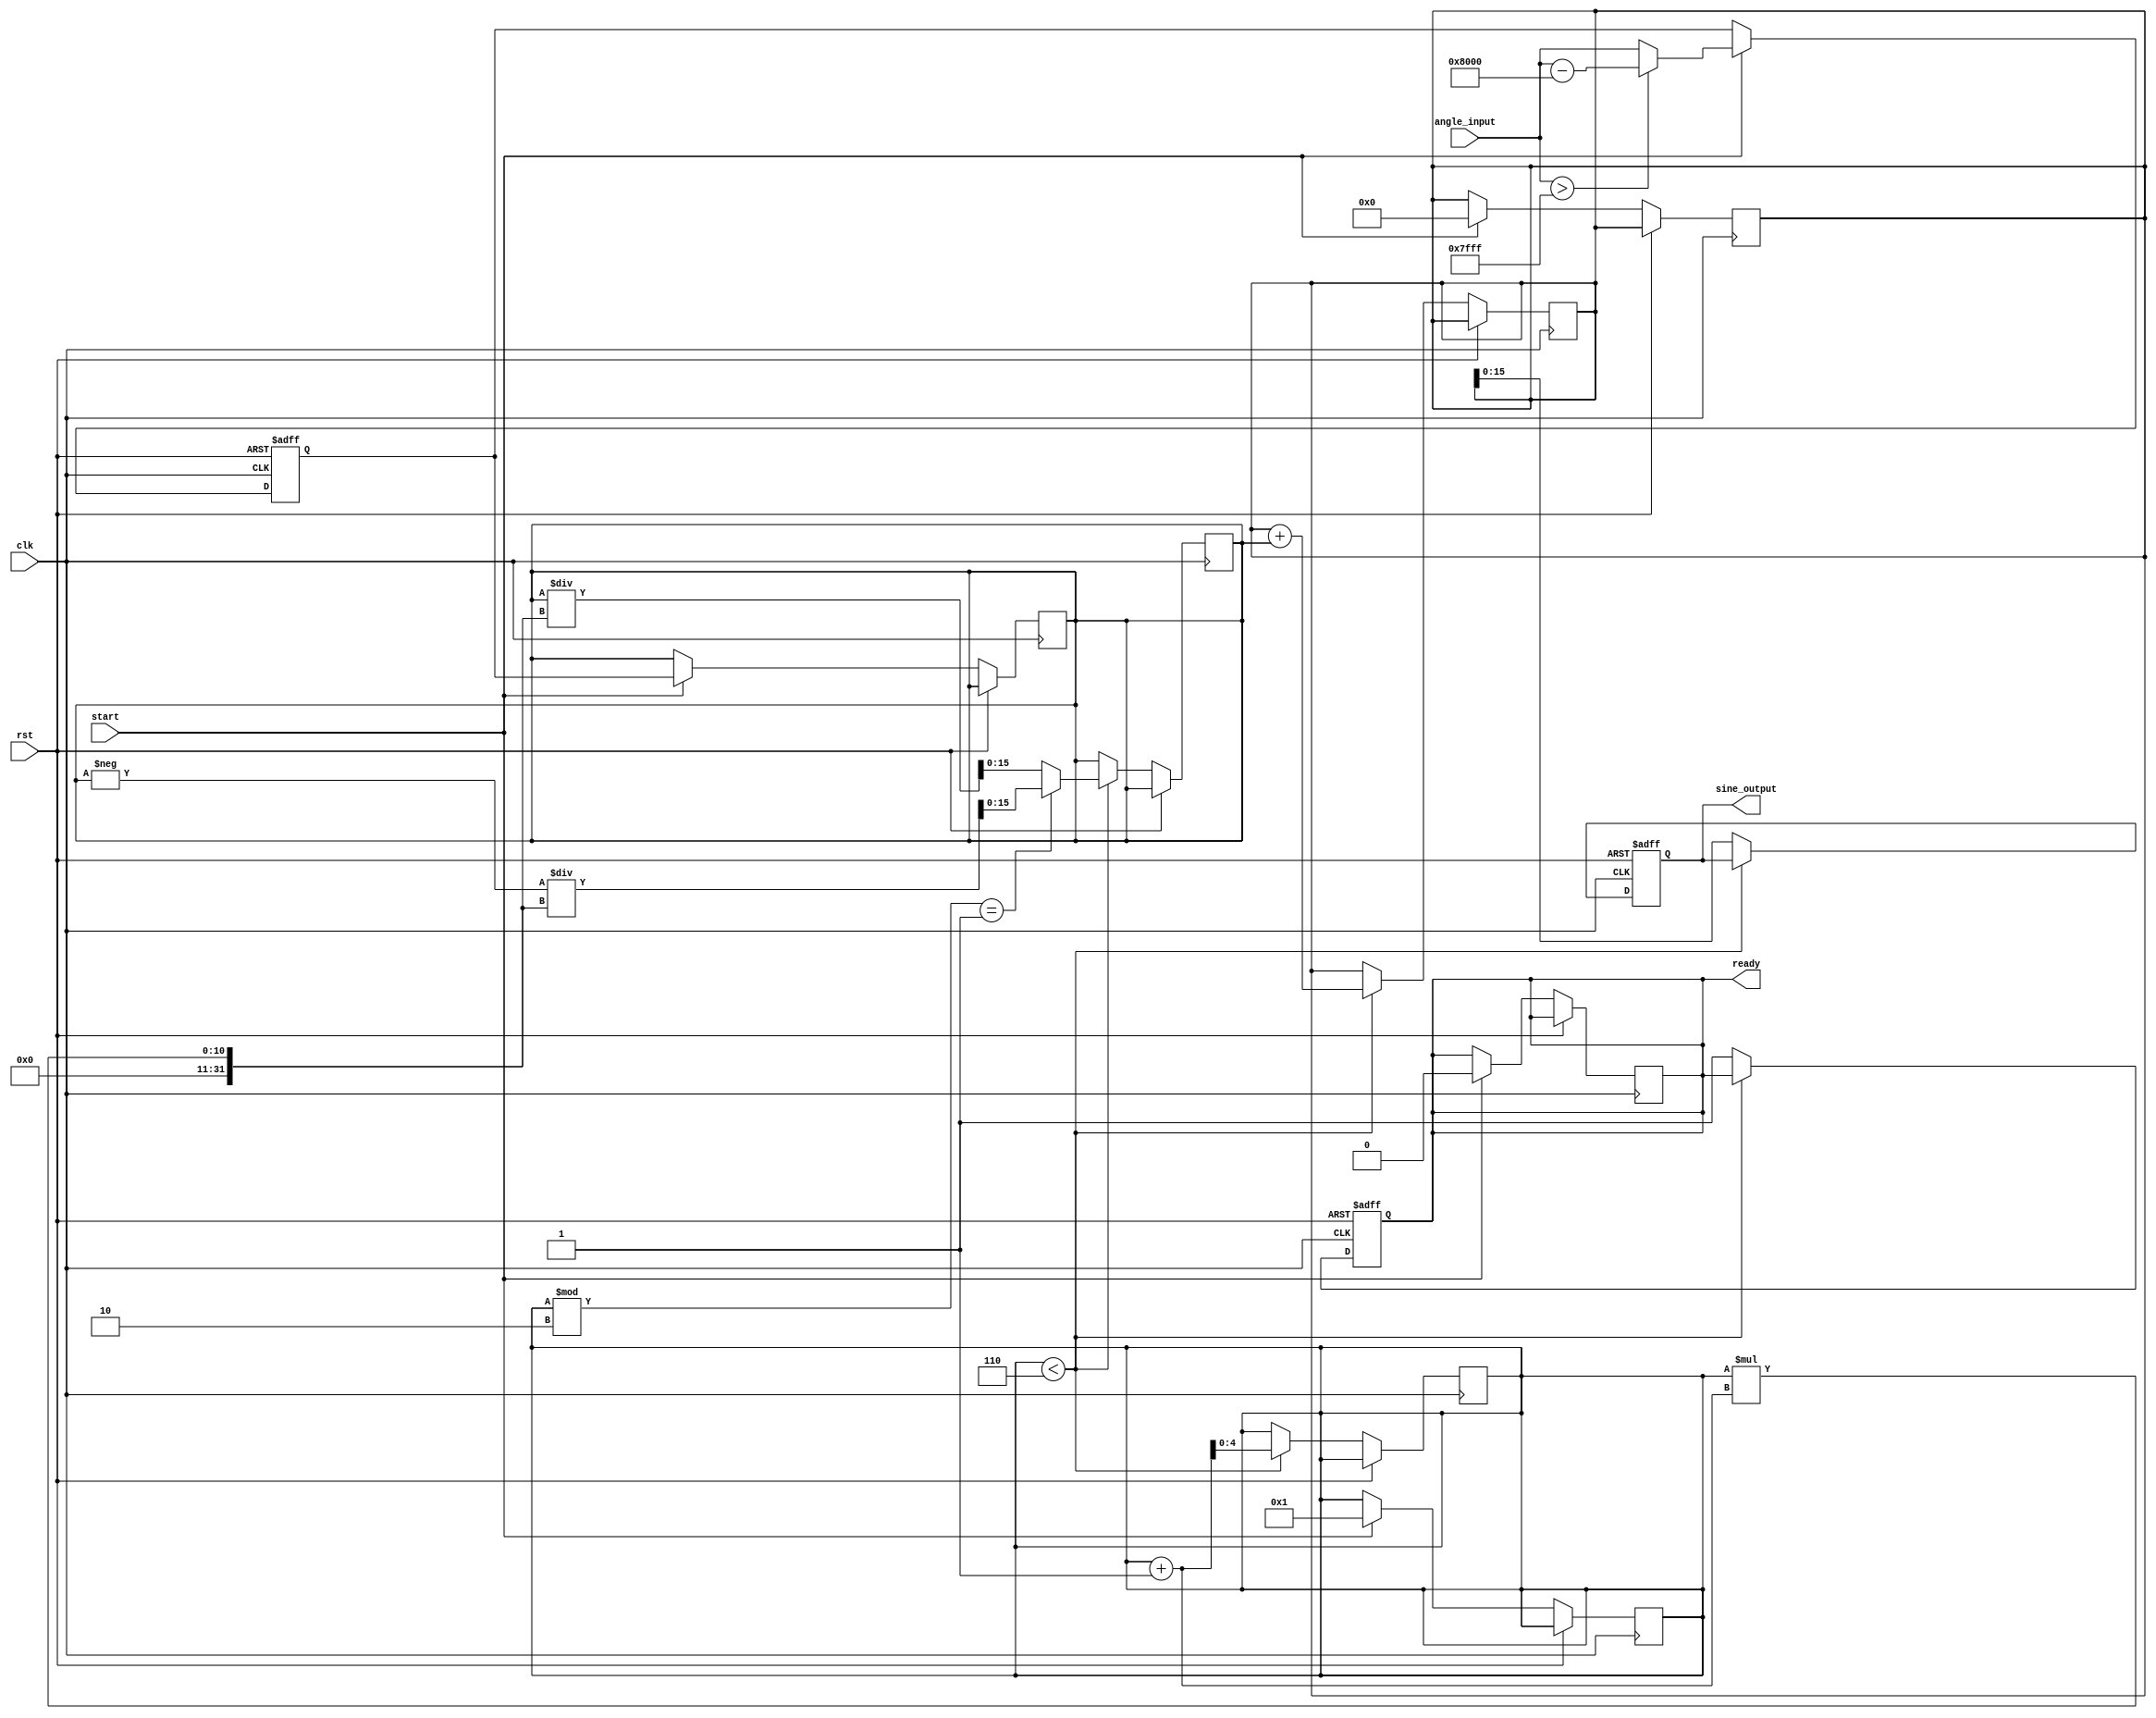
module sine_function (
    input wire [15:0] angle_input, // Input angle in fixed-point format (Q1.15)
    output reg [15:0] sine_output,  // Output sine value in fixed-point format (Q1.15)
    input wire clk,
    input wire rst,
    input wire start,
    output reg ready
);
    // Constants for Taylor series coefficients
    parameter A0 = 16'h0000; // 0
    parameter A1 = 16'h8000; // -1
    parameter A2 = 16'h0000; // 0
    parameter A3 = 16'h5555; // 1/6 (approx.)
    parameter A4 = 16'h0000; // 0
    parameter A5 = 16'h1FFF; // -1/120 (approx.)

    reg [15:0] x; // Normalized angle
    reg [15:0] term; // Current term in the series
    reg [4:0] n; // Term index
    reg [31:0] sum; // Accumulator for the sine value

    // Normalize the angle to the range [-, ]
    always @(posedge clk or posedge rst) begin
        if (rst) begin
            x <= 0;
        end else if (start) begin
            // Normalize angle input to range [-, ]
            // (Assuming the input is in Q1.15 format, where  is approx 3.14159)
            if (angle_input > 16'h7FFF) begin // Angle > 
                x <= angle_input - 16'h8000; // Map to [-, 0]
            end else begin
                x <= angle_input; // Angle is already in range [-, ]
            end
            // Initialize for Taylor series calculation
            sum <= 0;
            term <= x; // First term is x
            n <= 1;
            ready <= 0;
        end
    end

    // Compute sine using Taylor series
    always @(posedge clk or posedge rst) begin
        if (rst) begin
            sine_output <= 0;
            ready <= 0;
        end else if (n < 6) begin
            // Add the current term to the sum
            sum <= sum + term;

            // Calculate the next term
            if (n % 2 == 1) begin
                // Odd terms are negative
                term <= (term * x * x) >> 15; // x^2 / (2n(n-1))
                term <= -term / (n * (n + 1));
            end else begin
                // Even terms are positive
                term <= (term * x * x) >> 15; // x^2 / (2n(n-1))
                term <= term / (n * (n + 1));
            end
            
            n <= n + 1;
        end else begin
            // Finished calculation
            sine_output <= sum[15:0]; // Output the sine value
            ready <= 1; // Signal that output is ready
        end
    end
endmodule